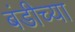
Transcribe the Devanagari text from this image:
बंडीच्या